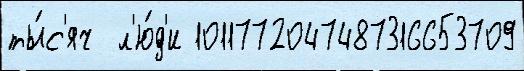
ты́с'яч  л'ю́д'и 1011772047487316653709